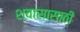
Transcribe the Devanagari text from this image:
श्वासासाठी